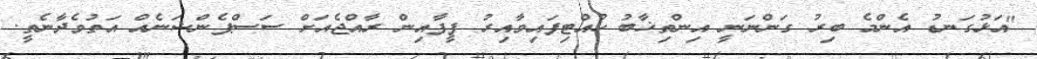
"އަޅުގަނޑު އެންމެ ބިރު ގަންނަނީ އިންތިޚާބު ހުއްޓިފައިވާއިރު ފީފާއިން ރާއްޖެއަށް ސަސްޕެންޝަނެއް އަތުވެދާނެތީ.